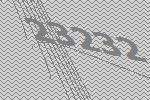
23232